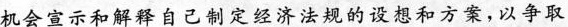
机会宣示和解释自己制定经济法规的设想和方案，以争取